65_HS1-834228961_62-HQ-83894_Section_9
Agency: FBI
Page 217
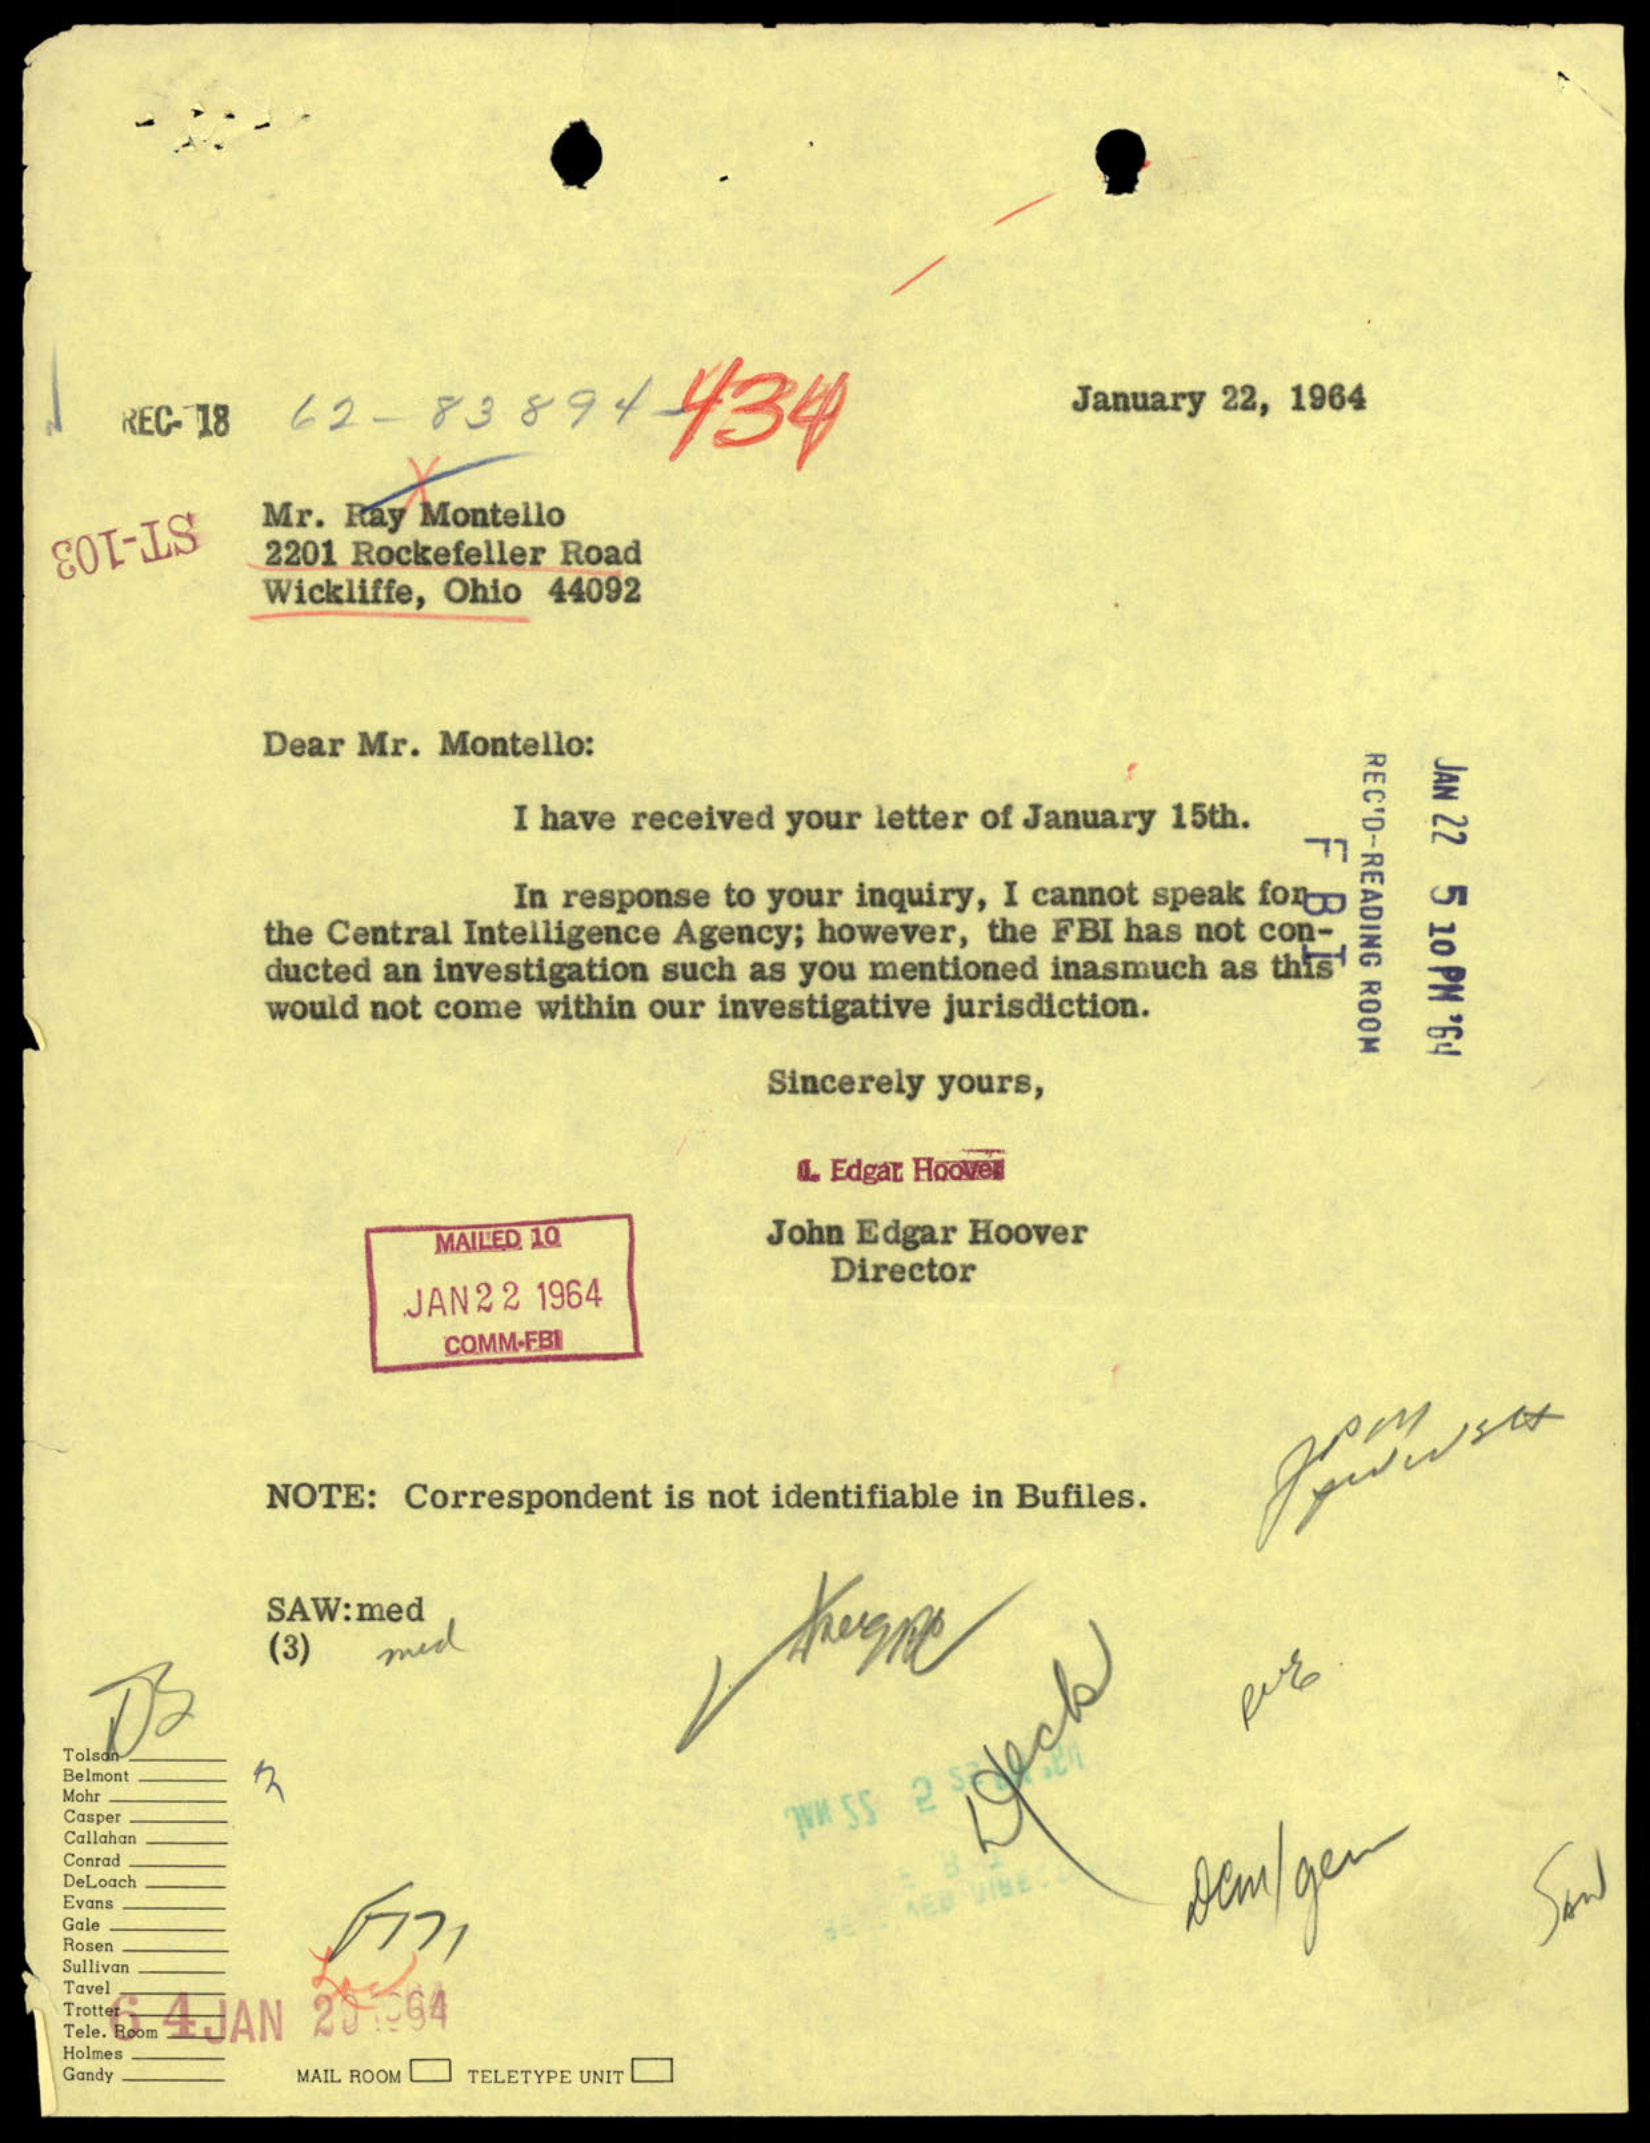